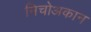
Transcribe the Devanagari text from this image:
मिचोअकान